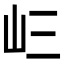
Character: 𭖁